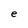
Character: e